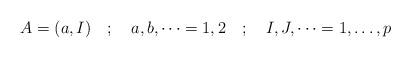
LaTeX: \begin{align*}A=(a,I) \quad ; \quad a,b,\dots =1,2 \quad ; \quad I,J,\dots =1, \dots, p \end{align*}